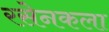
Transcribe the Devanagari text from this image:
रसेनकला